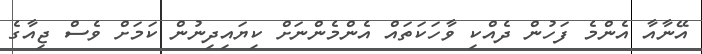
އޭނާއާ އެންމެ ފަހުން ދެއްކި ވާހަކަތައް އެންމެންނަށް ކިޔައިދިނުން ކަމަށް ވެސް ޖިއާގެ